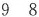
9 8